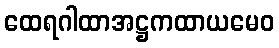
ထေရဂါထာအဋ္ဌကထာယမေဝ